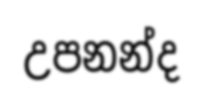
උපනන්ද